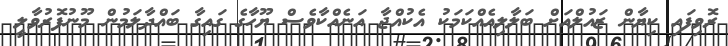
ރޮވިފައި ކިޔާން ޒައުލްއަށް ބަލާލިއެއްކަމަކު އެކުއްޖާ އަނެއްކާވެސް ޔޫހާގެ ގައިގާ ބައްދާލަމުން މޫނުފޮރުވާލީ